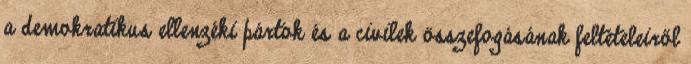
a demokratikus ellenzéki pártok és a civilek összefogásának feltételeiről